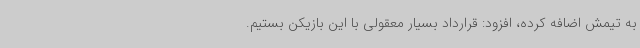
به تیمش اضافه کرده، افزود: قرارداد بسیار معقولی با این بازیکن بستیم.